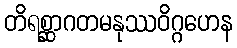
တိရစ္ဆာဂတမနုဿဝိဂ္ဂဟေန